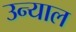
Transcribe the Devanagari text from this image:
उन्याल